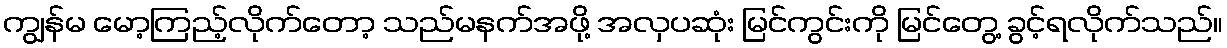
ကျွန်မ မော့ကြည့်လိုက်တော့ သည်မနက်အဖို့ အလှပဆုံး မြင်ကွင်းကို မြင်တွေ့ ခွင့်ရလိုက်သည်။